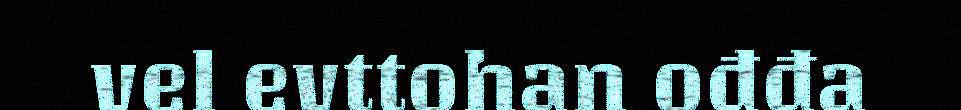
vel evttohan ođđa